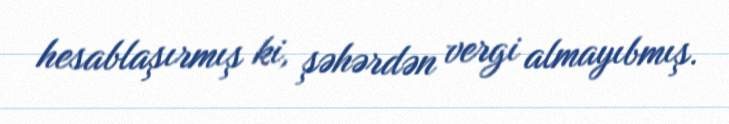
hesablaşırmış ki, şəhərdən vergi almayıbmış.